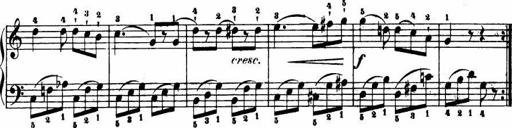
Title: Le bouquetier
Composer: Anton Diabelli
Key: G major
 C major
 F major
 C major